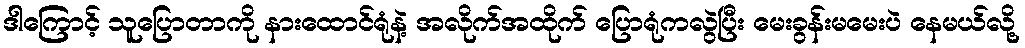
ဒါကြောင့် သူပြောတာကို နားထောင်ရုံနဲ့ အလိုက်အထိုက် ပြောရုံကလွဲပြီး မေးခွန်းမမေးပဲ နေမယ်လို့